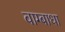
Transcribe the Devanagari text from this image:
वाग्बाधा